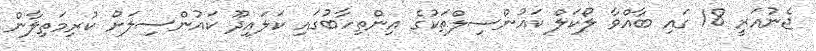
ޖެނުއަރީ 18 ގައި ބާއްވާ ލޯކަލް ކައުންސިލްތަކުގެ އިންތިހާބުގައި ކަލައިދޫ ކައުންސިލަށް ކުރިމަތިލާން